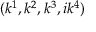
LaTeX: ( k ^ { 1 } , k ^ { 2 } , k ^ { 3 } , i k ^ { 4 } )